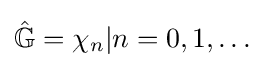
{\hat {\mathbb {G} }}={\chi _{n}|n=0,1,\dots }